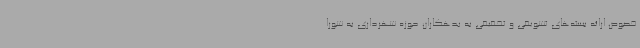
خصوص ارائه بسته‌های تشویقی و تخفیفی به بدهکاران حوزه شهرداری به شورا